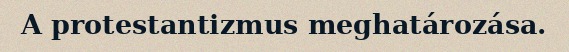
A protestantizmus meghatározása.